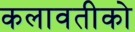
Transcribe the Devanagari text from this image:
कलावतीको